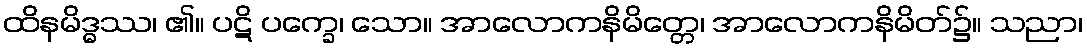
ထိနမိဒ္ဓဿ၊ ၏။ ပဋိ ပက္ခေ၊ သော။ အာလောကနိမိတ္တေ၊ အာလောကနိမိတ်၌။ သညာ၊